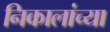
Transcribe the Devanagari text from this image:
निकालांच्या